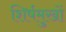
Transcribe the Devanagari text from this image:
शिर्षमुखों